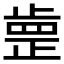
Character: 𣦐